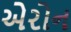
એરોન